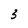
Character: 3